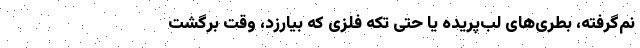
نَم‌گرفته، بطری‌های لب‌پریده یا حتی تِکه فلزی که بیارزد، وقت برگشت